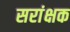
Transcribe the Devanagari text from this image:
सरांक्षक